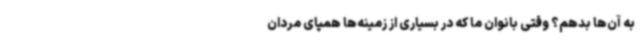
به آن‌ها بدهم؟ وقتی بانوان ما که در بسیاری از زمینه‌ها همپای مردان